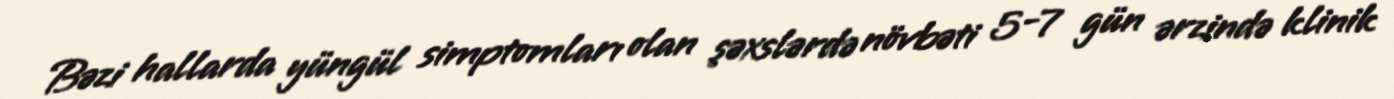
Bəzi hallarda yüngül simptomları olan şəxslərdə növbəti 5-7 gün ərzində klinik